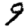
Digit: 9